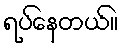
ရပ်နေတယ်။